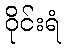
ဝိုင်းရံ